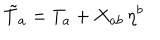
\tilde { T } _ { a } = T _ { a } + X _ { a b } \, \eta ^ { b }